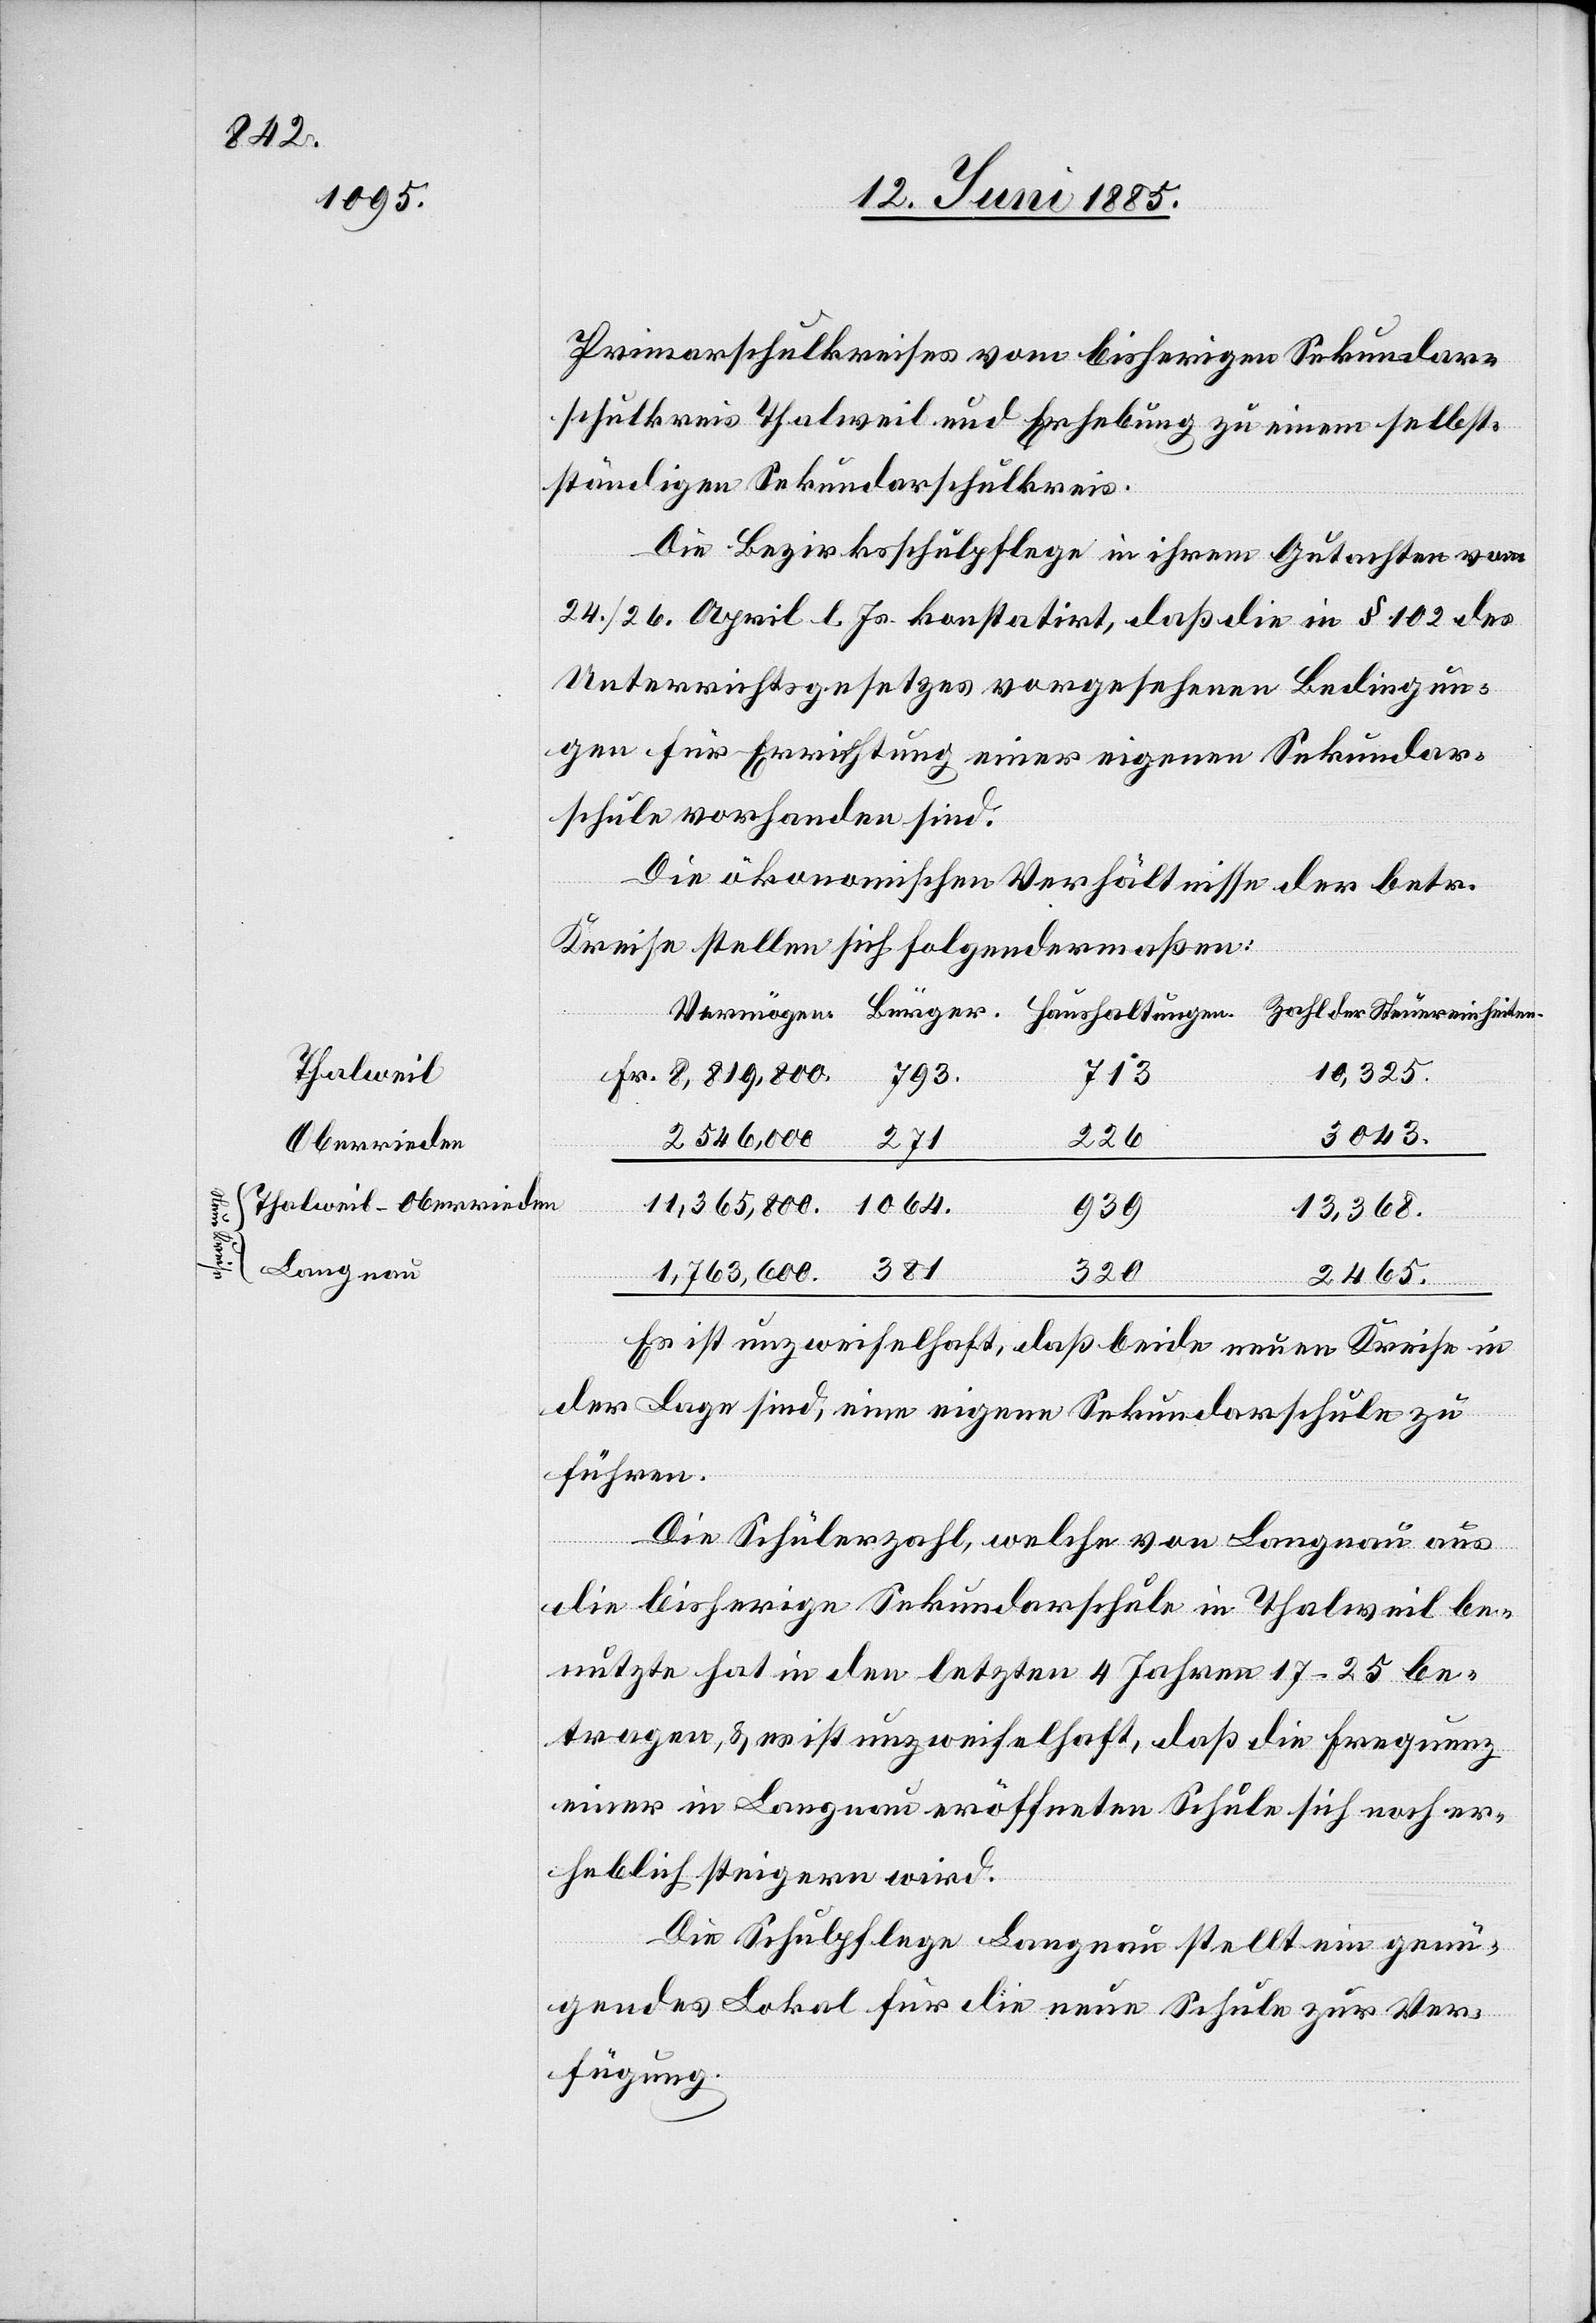
Thalweil
Oberrieden
Langnau

Primarschulkreises vom bisherigen Sekundar¬
schulkreis Thalweil und Erhebung zu einem selbst¬
ständigen Sekundarschulkreis.
Die Bezirksschulpflege in ihrem Gutachten vom
24./26. April l. Js. konstatirt, daß die in § 102 des
Unterrichtsgesetzes vorgesehenen Bedingun¬
gen für Errichtung einer eigenen Sekundar¬
schule vorhanden sind.
Die ökonomischen Verhältnisse der betr.
Kreise stellen sich folgendermaßen:
10,325.
271
3043.
226
1,763,600.
13,368.
320
2465.
Es ist unzweifelhaft, daß beide neuen Kreise in
381
der Lage sind, eine eigene Sekundarschule zu
führen.
Die Schülerzahl, welche von Langnau aus
die bisherige Sekundarschule in Thalweil be¬
nutzte hat in den letzten 4 Jahren 17–25 be¬
tragen, & es ist unzweifelhaft, daß die Frequenz
einer in Langnau eröffneten Schule sich noch er¬
heblich steigern wird.
Die Schulpflege Langnau stellt ein genü¬
gendes Lokal für die neue Schule zur Ver¬
fügung.

un¬